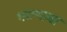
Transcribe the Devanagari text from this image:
भाल्याचा